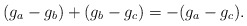
\begin{align*}(g_a-g_b)+(g_b-g_c)=-(g_a-g_c).\end{align*}